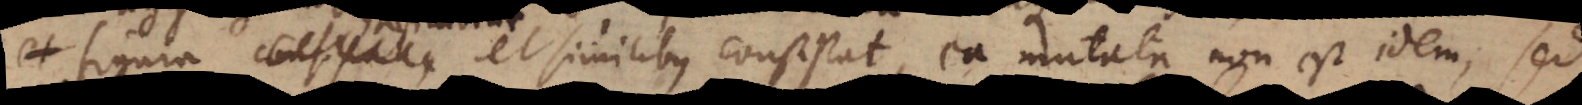
habitudine et similibus consistat, ea mutata non est idem, sed